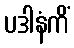
ပဒါနံကိံ